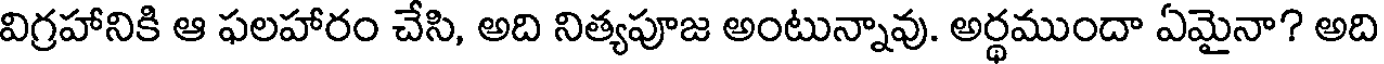
విగ్రహానికి ఆ ఫలహారం చేసి, అది నిత్యపూజ అంటున్నావు. అర్థముందా ఏమైనా? అది